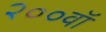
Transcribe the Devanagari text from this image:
२००वॉ